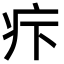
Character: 疜